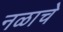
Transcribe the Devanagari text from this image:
नळाचे